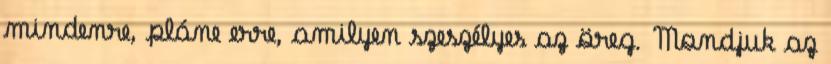
mindenre, pláne erre, amilyen szeszélyes az öreg. Mondjuk az